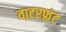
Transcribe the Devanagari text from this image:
वाटरफ़्रंट